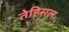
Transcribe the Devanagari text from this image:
तेह्सिल